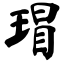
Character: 瑁